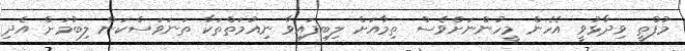
މުފްތީ ވިދާޅުވީ އެހެން މީހުންނަށްވެސް ތިމާއަށް ލިބިފައިވާ ނިއުމަތްތަކާ ތަނަވަސްކަން ލިބުމަށް އެދި